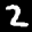
Label: 2